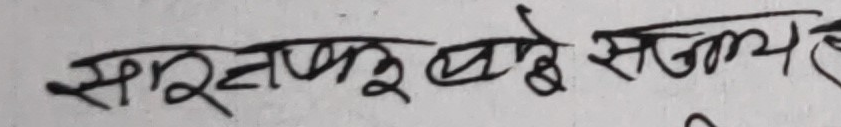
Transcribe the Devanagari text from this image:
साइनपोखरा बधे सत्य हो